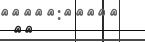
٧٣